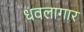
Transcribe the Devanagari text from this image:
धवलागार